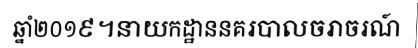
ឆ្នាំ២០១៩។នាយកដ្ឋាននគរបាលចរាចរណ៍